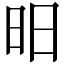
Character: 昍